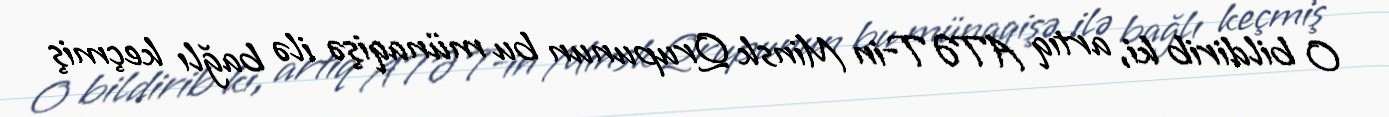
O bildirib ki, artıq ATƏT-in Minsk Qrupunun bu münaqişə ilə bağlı keçmiş